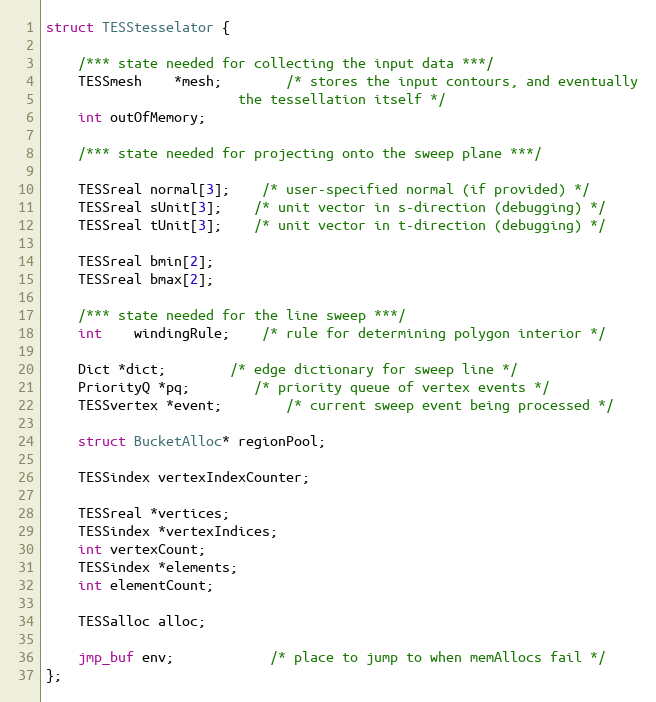
Language: C
struct TESStesselator {

	/*** state needed for collecting the input data ***/
	TESSmesh	*mesh;		/* stores the input contours, and eventually
						the tessellation itself */
	int outOfMemory;

	/*** state needed for projecting onto the sweep plane ***/

	TESSreal normal[3];	/* user-specified normal (if provided) */
	TESSreal sUnit[3];	/* unit vector in s-direction (debugging) */
	TESSreal tUnit[3];	/* unit vector in t-direction (debugging) */

	TESSreal bmin[2];
	TESSreal bmax[2];

	/*** state needed for the line sweep ***/
	int	windingRule;	/* rule for determining polygon interior */

	Dict *dict;		/* edge dictionary for sweep line */
	PriorityQ *pq;		/* priority queue of vertex events */
	TESSvertex *event;		/* current sweep event being processed */

	struct BucketAlloc* regionPool;

	TESSindex vertexIndexCounter;

	TESSreal *vertices;
	TESSindex *vertexIndices;
	int vertexCount;
	TESSindex *elements;
	int elementCount;

	TESSalloc alloc;

	jmp_buf env;			/* place to jump to when memAllocs fail */
};